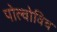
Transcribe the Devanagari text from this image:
पोल्वोविच